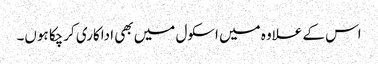
اس کے علاوہ میں اسکول میں بھی اداکاری کرچکا ہوں۔